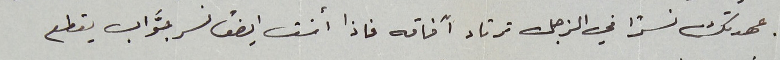
عهدتك نسرًا في الزجل ترتاد آفاقه فاذا أنت ايضاً نسر جوَّاب يقطع